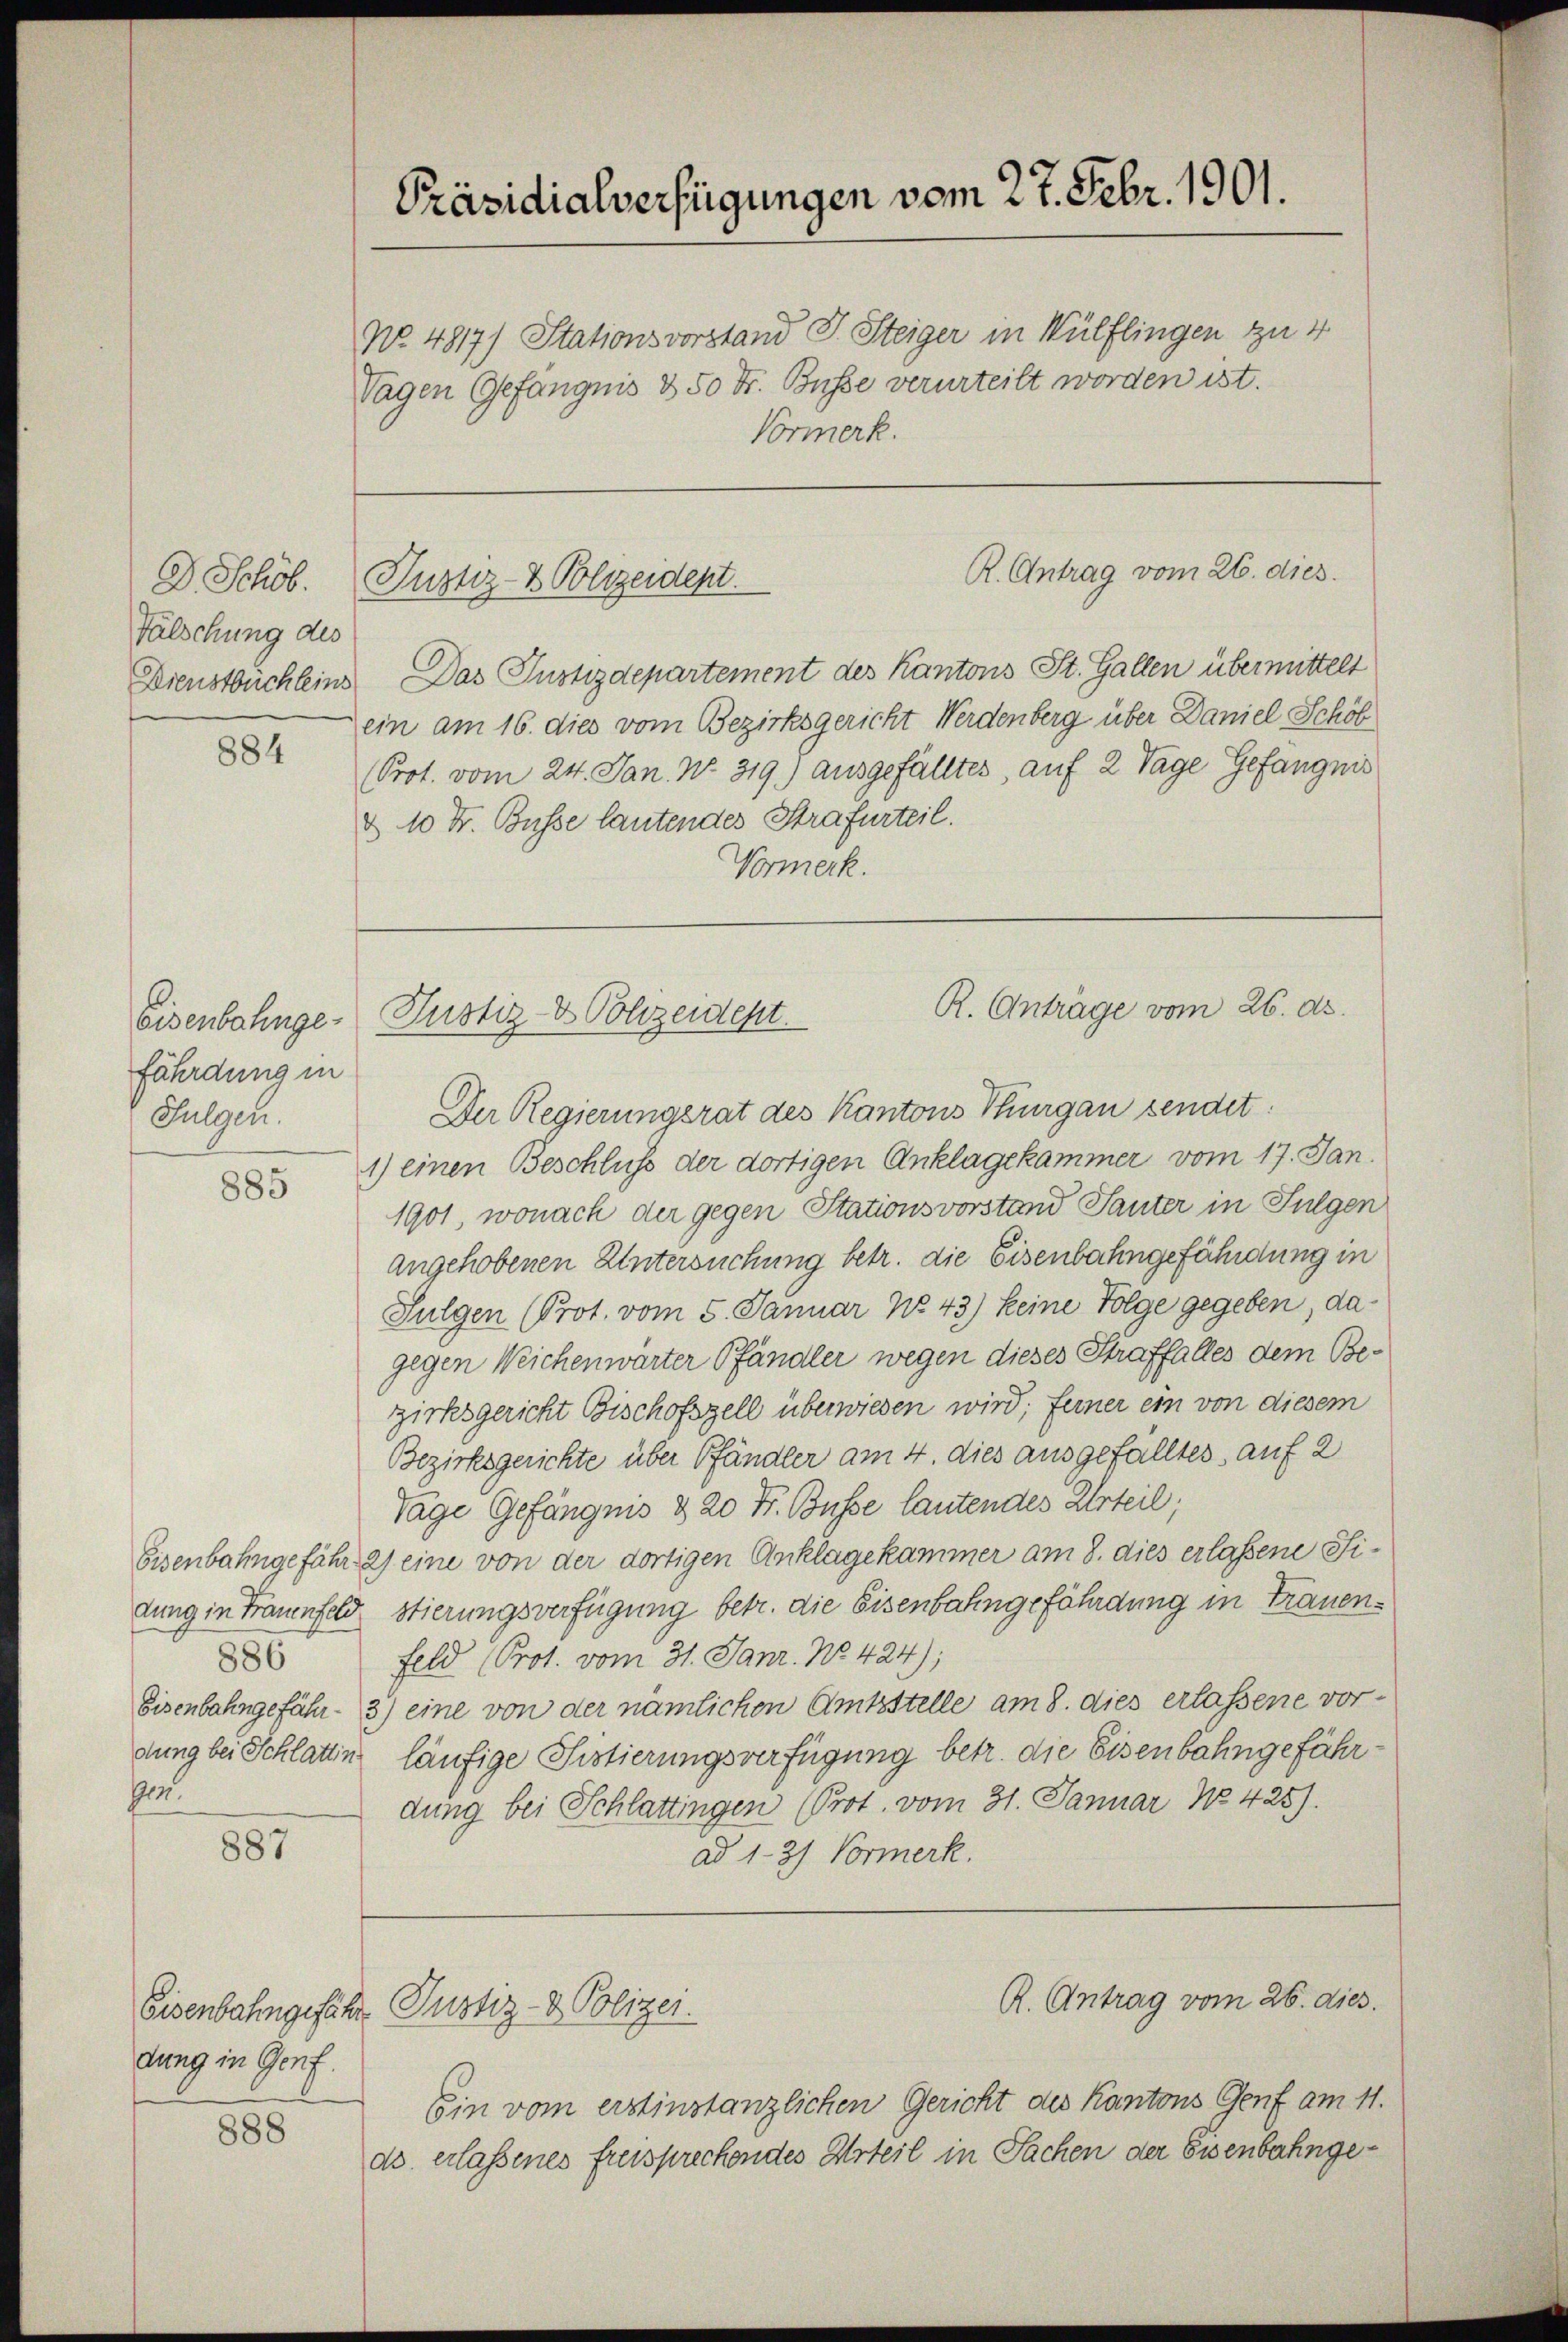
D. Schöb.
Fälschung des

884

fährdung in
Sulgen.

885

886
1

887

No. 4817) Stationsvorstand J. Steiger in Wülflingen zu 4
Tagen Gefängnis & 50 Fr. Busse verurteilt worden ist.
Vormerk.

dung in Genf.

888

Präsidialverfügungen vom 27. Febr. 1901.

Eisenbahngefähr Justiz- & Polizei.

Dienstbüchleins. Das Justizdepartement des Kantons St. Gallen übermittelt
ein am 16. dies vom Bezirksgericht Werdenberg über Daniel Schöb
(Prot. vom 24. Jan. No. 319.) ausgefälltes, auf 2 Tage Gefängnis
& 10 Fr. Busse lautendes Strafurteil.
Vormerk.

R. Antrag vom 26. dies
Justiz- & Polizeident

R. Anträge vom 26. d.
Eisenbahnge- Justiz- & Polizeident

Der Regierungsrat des Kantons Thurgau sendet.
1) einen Beschluß der dortigen Anklagekammer vom 17. Jan.
1901, wonach der gegen Stationsvorstand Sauter in Fulgen
angehobenen Untersuchung betr. die Eisenbahngefährdung in
Sulgen (Prot. vom 5. Januar No. 43) keine Folge gegeben, dagegen Weichenwärter Pfändler wegen dieses Straffalles dem Bezirksgericht Bischofszell überwiesen wird; ferner ein von diesem
Bezirksgerichte über Pfändler am 4. dies ausgefalltes, auf 2
Tage Gefängnis & 20 Fr. Busse lautendes Urteil;
Eisenbahngefähr 2) eine von der dortigen Anklagekammer am 8. dies erlassene Sidung in Trauenfeld stierungsverfügung betr. die Eisenbahngefährdung in Trauen¬
Feld (Prot. vom 31. Janr. No. 424);
Eisenbahngefähr 3) eine von der nämlichen Amtsstelle am 8. dies erlassene vordung bei Schlattin läufige Fistierungsverfügung betr. die Eisenbahngefährdung bei Schlattingen (Prot. vom 31. Januar No 425).
ad 1-27 Vormerk.

Ein vom erstinstanzlichen Gericht des Kantons Genf am 11.
ds. erlassenes freispreckendes Urteil in Sachen der Eisenbahnge¬

R. Antrag vom 26. dies.